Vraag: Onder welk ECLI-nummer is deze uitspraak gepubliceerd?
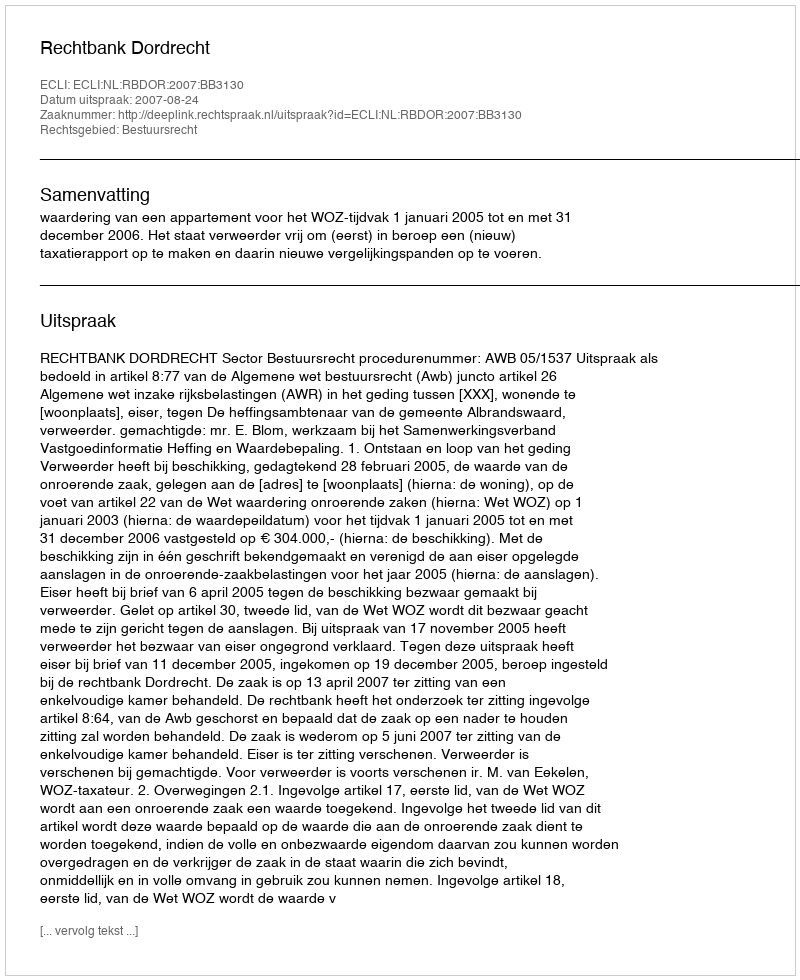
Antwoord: ECLI:NL:RBDOR:2007:BB3130